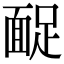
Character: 𩈤